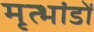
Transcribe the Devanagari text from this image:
मृत्भांडों